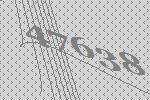
47638